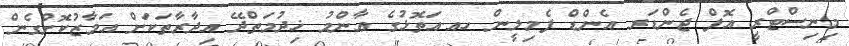
މިނިސްޓްރީ އޮފް ޖެންޑަރ އެންޑް ފެމިލީން ހއ.އަތޮޅުގެ ޢާންމު ޚިދުމަތްދޭ އިދާރާތަކަށް އަމާޒުކޮށްގެން